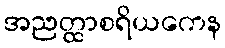
အညတ္ထာစရိယကေန